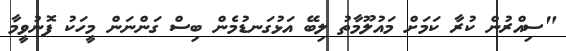
"ސިއްރުން ކުރާ ކަމަށް މައުލޫމާތު ލިބޭ އަޅުގަނޑުމެން ބިސް ގަންނަން މީހަކު ފޮނުވީމާ